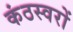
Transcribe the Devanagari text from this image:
कंठस्वरों